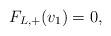
LaTeX: \begin{align*}F_{L,+}(v_1)=0,\end{align*}